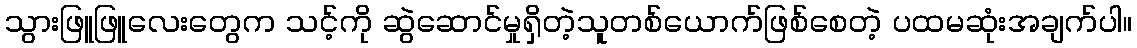
သွားဖြူဖြူလေးတွေက သင့်ကို ဆွဲဆောင်မှုရှိတဲ့သူတစ်ယောက်ဖြစ်စေတဲ့ ပထမဆုံးအချက်ပါ။